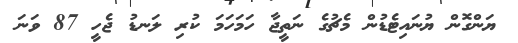
ޔަންގޮން ޔުނައިޓެޑުން މެޗުގެ ނަތީޖާ ހަމަހަމަ ކުރި ލަނޑު ޖެހީ 87 ވަނަ